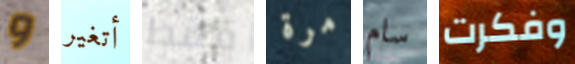
و أتغير فقط مرة سام وفكرت